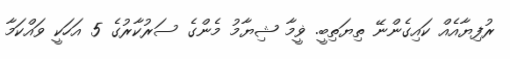
ރުފިޔާއެއް ކައިގެންނޭ ތިޔަތިބީ. ޥީމާ ޝިޔާމު މެންގެ ސަރުކާރުގެ 5 އަހަކީ ވައްކަމާ